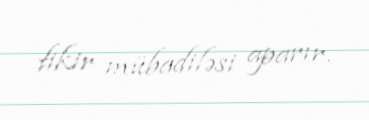
fikir mübadiləsi aparır.